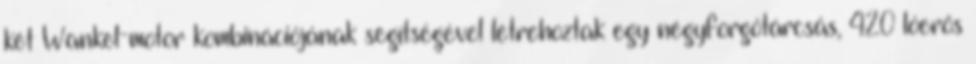
két Wankel-motor kombinációjának segítségével létrehoztak egy négyforgótárcsás, 420 lóerős